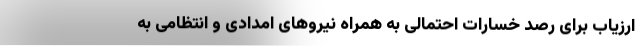
ارزیاب برای رصد خسارات احتمالی به همراه نیروهای امدادی و انتظامی به